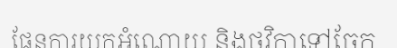
ផែនការយកអំណោយ និងថវិកាទៅចែក